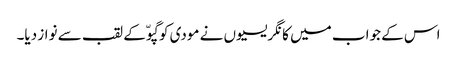
اس کے جواب میں کانگریسیوں نے مودی کو گپوّ کے لقب سے نواز دیا۔